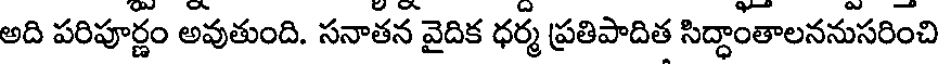
అది పరిపూర్ణం అవుతుంది. సనాతన వైదిక ధర్మ ప్రతిపాదిత సిద్ధాంతాలననుసరించి